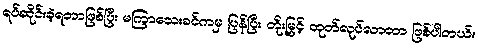
ရပ်ဆိုင်းခဲ့ရတာဖြစ်ပြီး မကြာသေးခင်ကမှ ပြန်ပြီး တိုးမြှင့် ထုတ်လုပ်လာတာ ဖြစ်ပါတယ်။